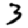
Digit: 3